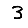
Digit: 3